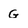
Character: G